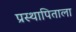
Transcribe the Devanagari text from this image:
प्रस्थापिताला